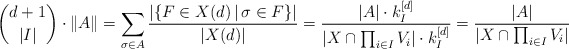
\begin{align*} {d+1 \choose |I|} \cdot \|A\| = \sum_{\sigma \in A} \frac{|\{F \in X(d)\,|\,\sigma \in F\}|}{|X(d)|}= \frac{|A| \cdot k_I^{[d]}}{|X \cap \prod_{i \in I} V_i|\cdot k_I^{[d]} } = \frac{|A| }{|X \cap \prod_{i \in I} V_i|}\end{align*}